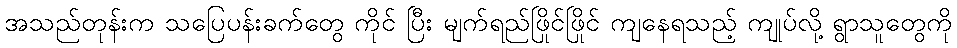
အသည်တုန်းက သပြေပန်းခက်တွေ ကိုင် ပြီး မျက်ရည်ဖြိုင်ဖြိုင် ကျနေရသည့် ကျုပ်လို့ ရွာသူတွေကို